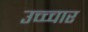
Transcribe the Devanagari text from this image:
उच्च्चार